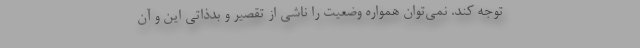
توجه کند. نمی‌توان همواره وضعیت را ناشی از تقصیر و بدذاتی این و آن